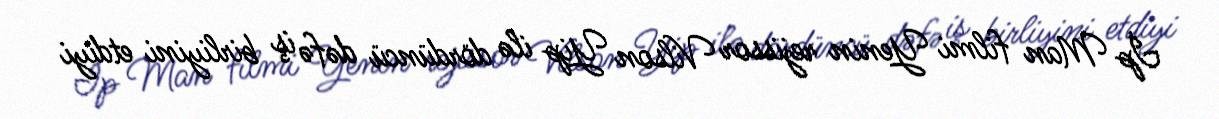
İp Man filmi Yenin rejissor Vilson Yip ilə dördüncü dəfə iş birliyini etdiyi